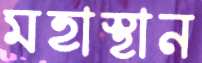
মহাস্থান